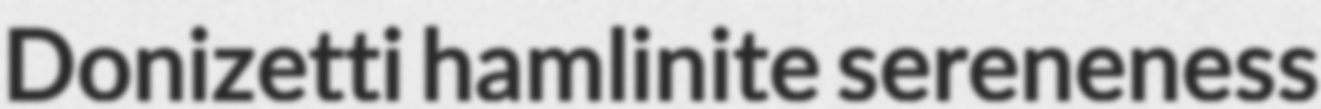
Donizetti hamlinite sereneness